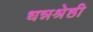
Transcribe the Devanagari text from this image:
धन्नश्रेष्ठी